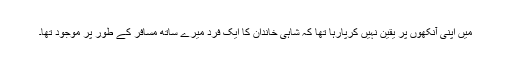
میں اپنی آنکھوں پر یقین نہیں کرپارہا تھا کہ شاہی خاندان کا ایک فرد میرے ساتھ مسافر کے طور پر موجود تھا۔